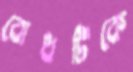
বোধটিকে